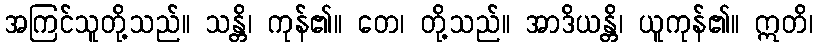
အကြင်သူတို့သည်။ သန္တိ၊ ကုန်၏။ တေ၊ တို့သည်။ အာဒိယန္တိ၊ ယူကုန်၏။ ဣတိ၊